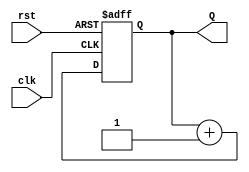
module lab_4b (
    input wire clk, 
    input wire rst, 
    output reg [15:0] Q
);
    always @(posedge clk or posedge rst)
    begin
        if (rst)
            Q <= 16'b0;
        else
            Q <= Q + 1;
    end
endmodule